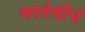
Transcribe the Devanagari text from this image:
कालेश्रीचे